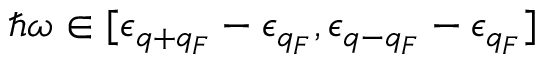
\hbar \omega \in [ \epsilon _ { q + q _ { F } } - \epsilon _ { q _ { F } } , \epsilon _ { q - q _ { F } } - \epsilon _ { q _ { F } } ]